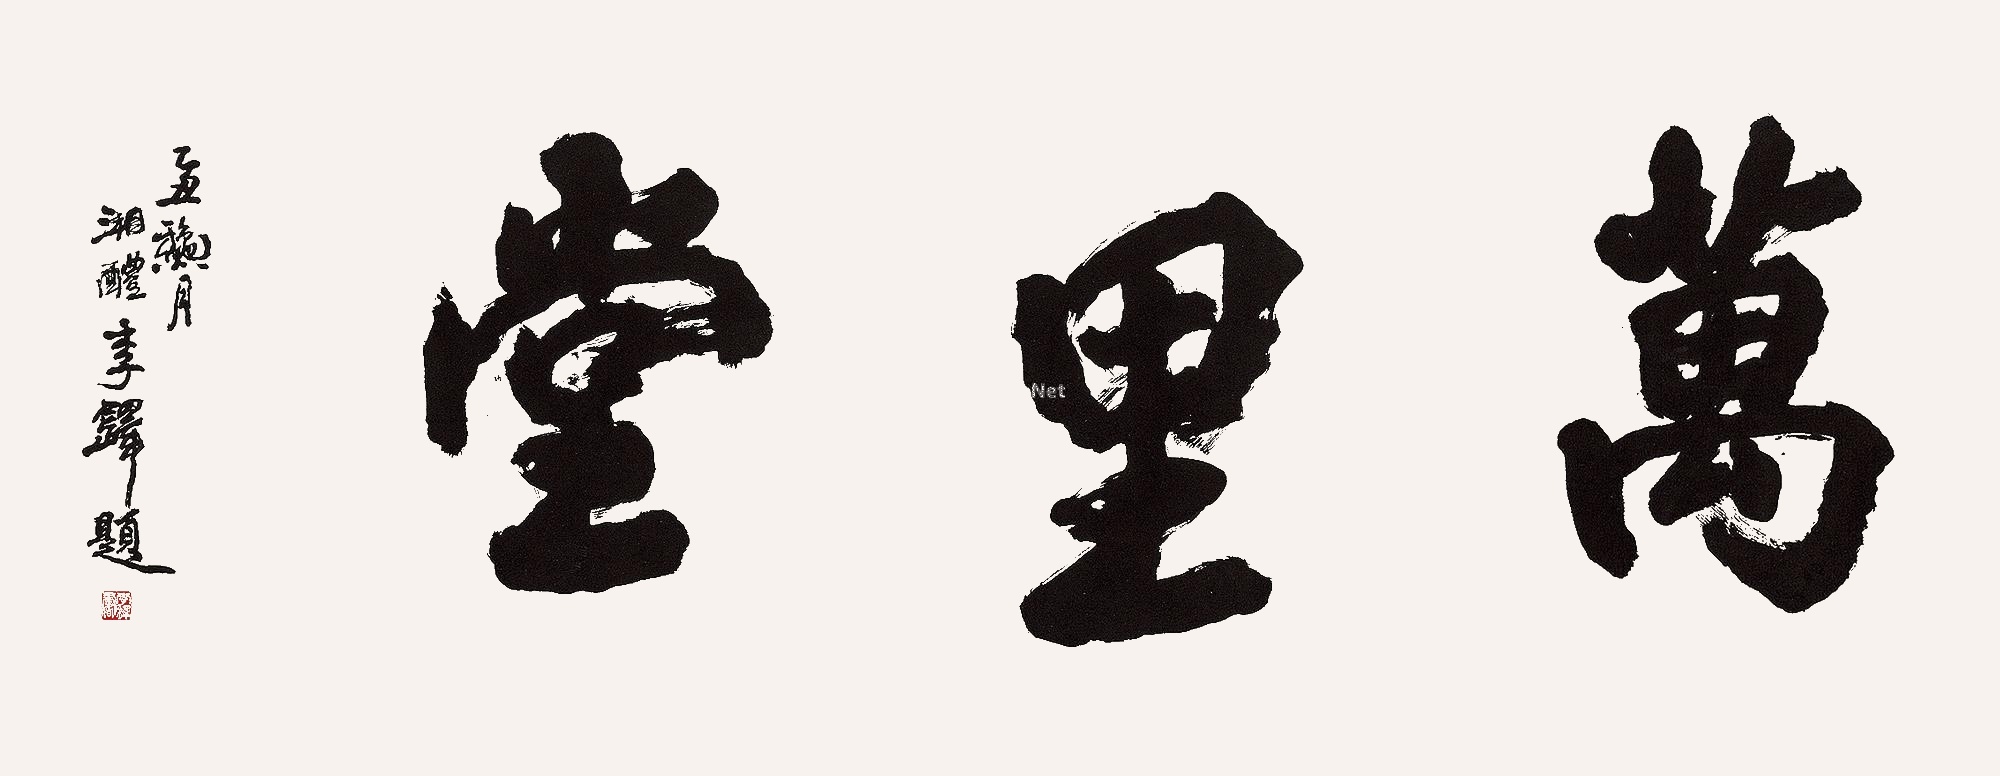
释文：万里堂乙丑秋月，湘醴李铎题。